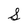
Character: S